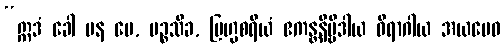
“ဣဒံ ခေါ ပန မေ, ပဉ္စသိခ, ဗြဟ္မစရိယံ ဧကန္တနိဗ္ဗိဒါယ ဝိရာဂါယ အယမေဝ